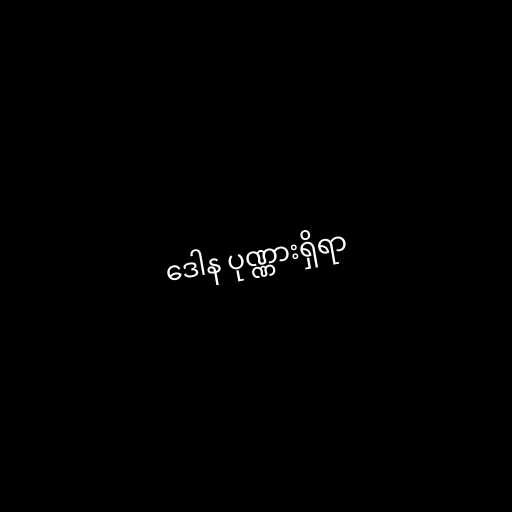
ဒေါန ပုဏ္ဏားရှိရာ